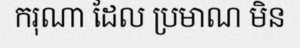
ករុណា ដែល ប្រមាណ មិន